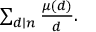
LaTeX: \textstyle \sum _ { d \mid n } { \frac { \mu ( d ) } { d } } .